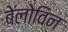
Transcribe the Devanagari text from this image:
बेलोविन